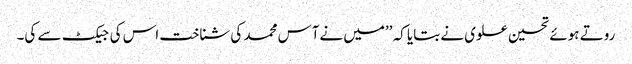
روتے ہوئے تحسین علوی نے بتایا کہ ’’میں نےآس محمد کی شناخت اس کی جیکٹ سے کی۔